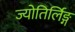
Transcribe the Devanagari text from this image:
ज्योतिर्लिङ्ग